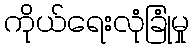
ကိုယ်ရေးလုံခြုံမှု